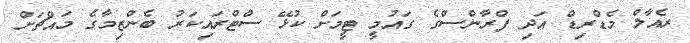
ރެއާލް މެޑްރިޑް އަދި ފްރާންސްގެ ގައުމީ ޓީމަށް ކުޅޭ ސްޓްރައިކަރު ބެންޒިމާގެ މައްޗަށް